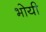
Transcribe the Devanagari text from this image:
भोयी